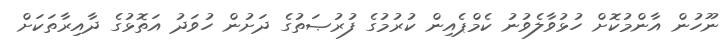
ނޫހުން އާންމުކޮށް ހުޅުވާލެވުނު ކެމްޕެއިން ކުރުމުގެ ފުރުޞަތުގެ ދަށުން ހުވަދު އަތޮޅުގެ ދާއިރާތަކަށް